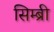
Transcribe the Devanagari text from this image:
सिम्ब्री